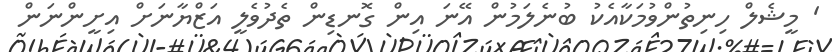
' މީޝެލް ހިނިތުންވުމަކާއެކު ބުނެލަމުން އޭނަ އިން ގޮނޑިން ތެދުވެލީ އަޒްޔާނަށް އިށީންނަން